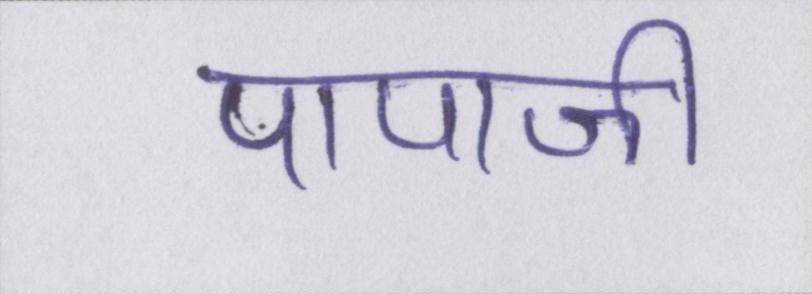
पापाजी